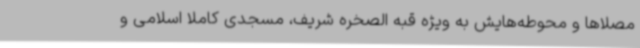
مصلاها و محوطه‌هایش به ویژه قبه الصخره شریف، مسجدی کاملا اسلامی و